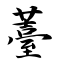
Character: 薹